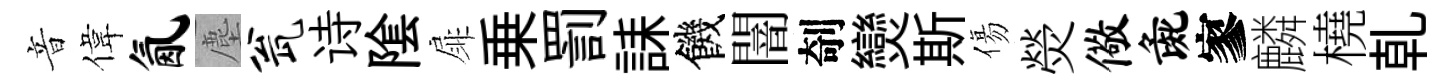
音偉氤塵瓮诗隂扉乗罰誄饑闇剞𤓖斯傷熒儆彘寥麟橈乹